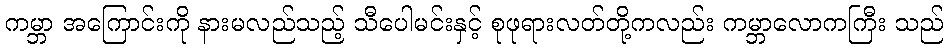
ကမ္ဘာ အကြောင်းကို နားမလည်သည့် သီပေါမင်းနှင့် စုဖုရားလတ်တို့ကလည်း ကမ္ဘာလောကကြီး သည်